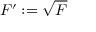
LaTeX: F ^ { \prime } : = { \sqrt { F } }